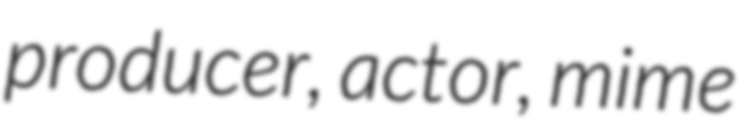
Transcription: producer, actor, mime